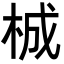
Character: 𭩴